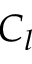
C _ { l }